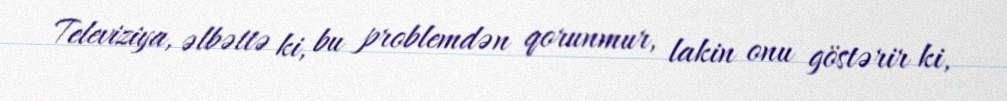
Televiziya, əlbəttə ki, bu problemdən qorunmur, lakin onu göstərir ki,